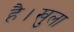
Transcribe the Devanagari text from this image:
है।खुला